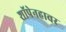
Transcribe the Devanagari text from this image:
शॉपेनहावर